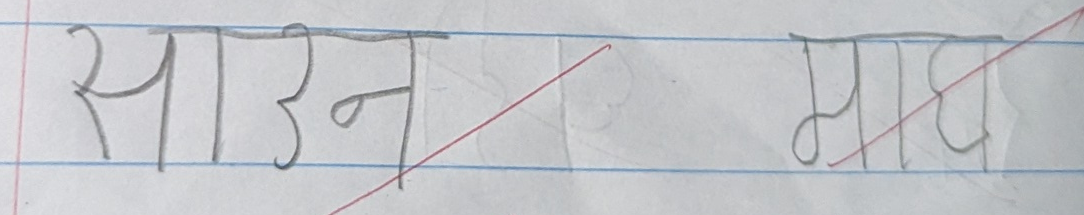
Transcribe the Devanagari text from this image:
साउन भाद्र